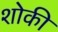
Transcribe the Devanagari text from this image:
शोकी